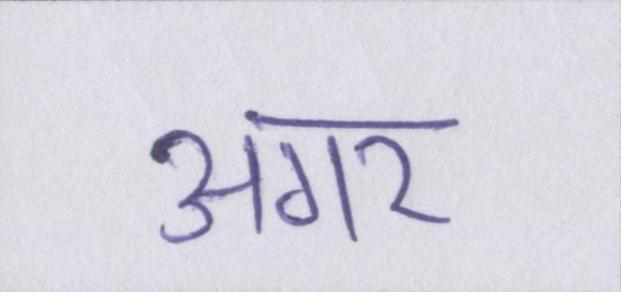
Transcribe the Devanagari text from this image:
अगर